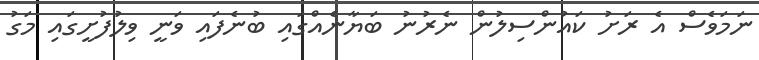
ނަމަވެސް އެ ރަށު ކައުންސިލުން ނެރުނު ބަޔާނެއްގައި ބުނެފައި ވަނީ ވިލުފުށީގައި މަގު